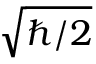
\sqrt { \hbar / 2 }